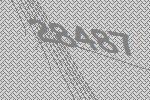
28487